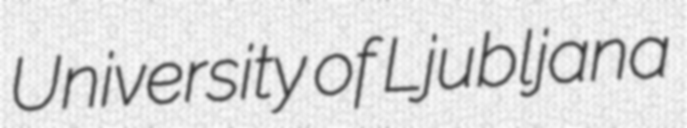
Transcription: University of Ljubljana